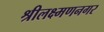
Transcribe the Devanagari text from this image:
श्रीलक्ष्मणनगर